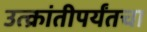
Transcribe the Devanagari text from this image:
उत्क्रांतीपर्यंतचा